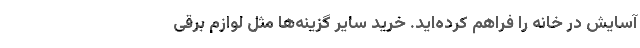
آسایش در خانه را فراهم کرده‌اید. خرید سایر گزینه‌ها مثل لوازم برقی